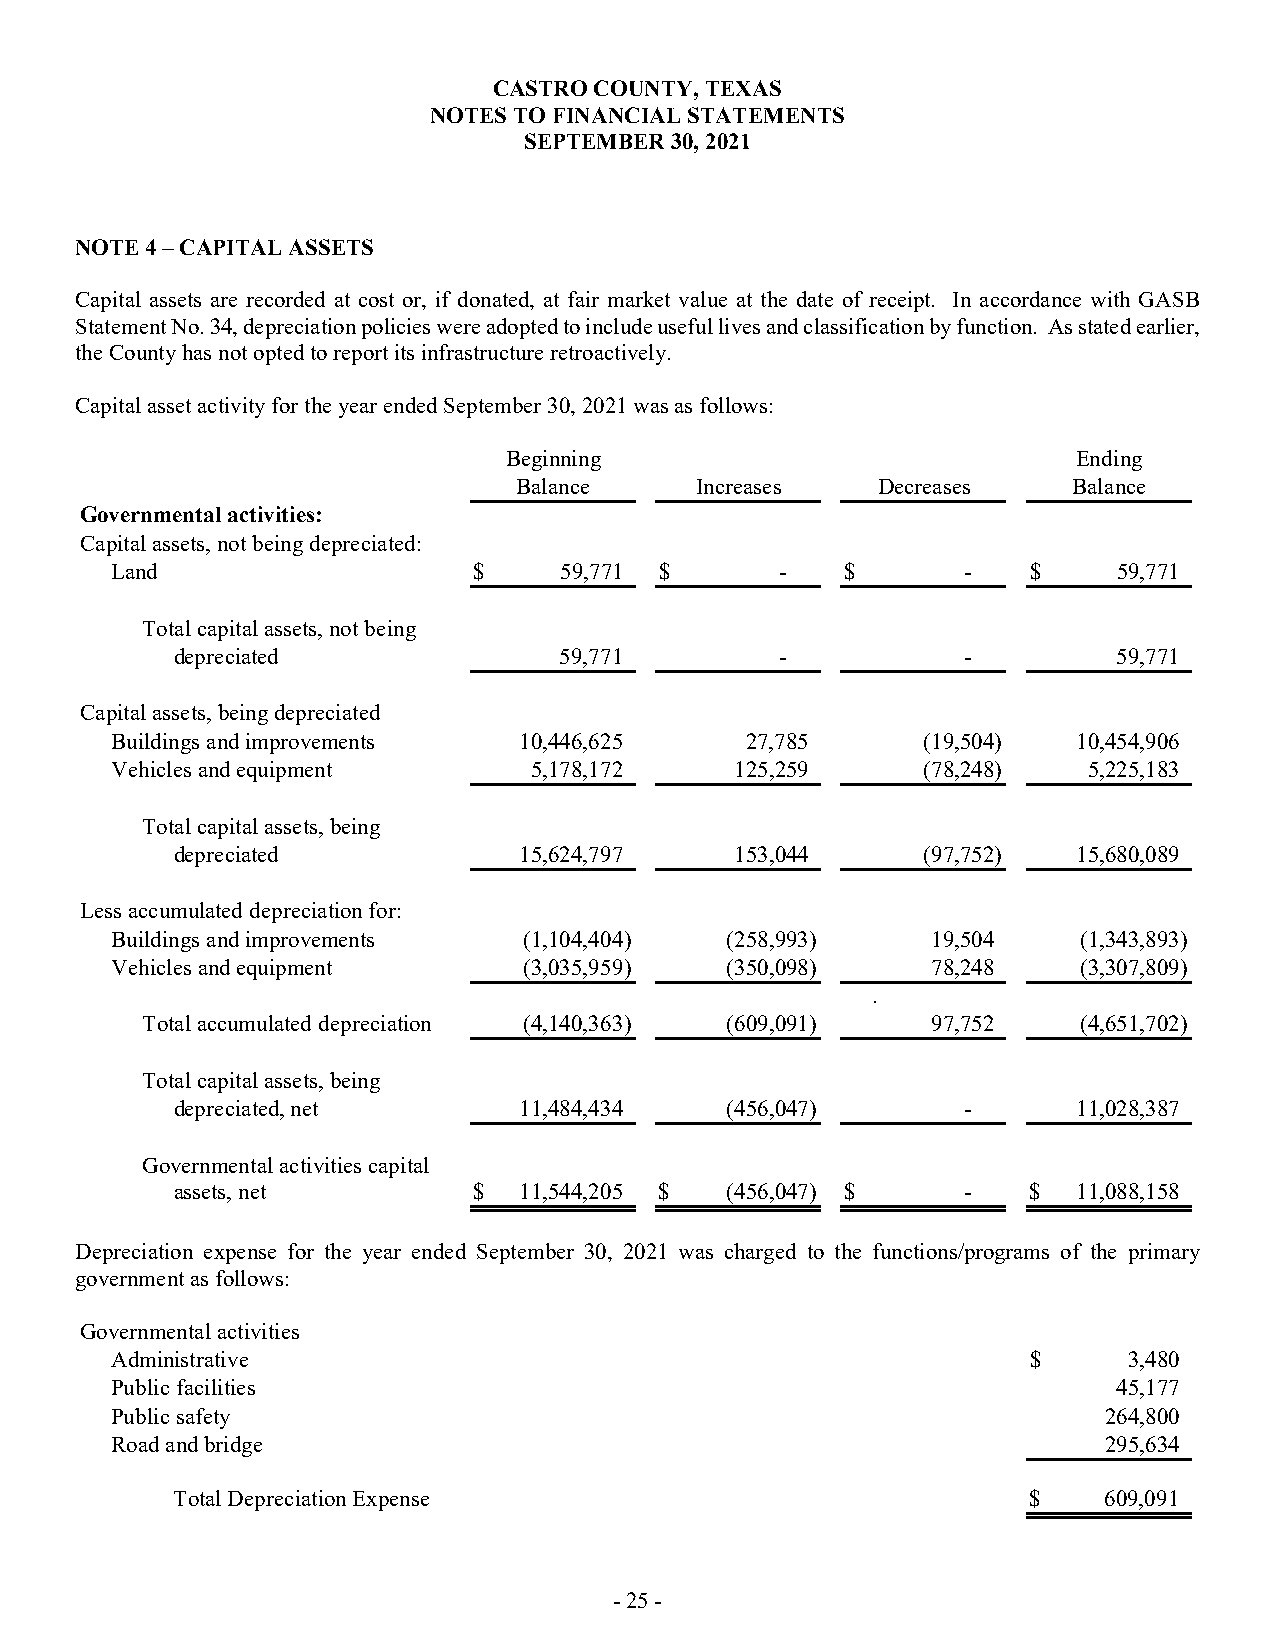
CASTRO COUNTY, TEXAS
 NOTES TO FINANCIAL STATEMENTS
 SEPTEMBER 30, 2021
 NOTE 4 – CAPITAL ASSETS
 Capital assets are recorded at cost or, if donated, at fair market value at the date of receipt. In accordance with GASB
 Statement No. 34, depreciation policies were adopted to include useful lives and classification by function. As stated earlier,
 the County has not opted to report its infrastructure retroactively.
 Capital asset activity for the year ended September 30, 2021 was as follows:
 Beginning                             Ending
 Balance     Increases   Decreases    Balance
 Governmental activities:
 Capital assets, not being depreciated:
 Land                    $     59,771 $       -   $       -   $     59,771
 Total capital assets, not being
 depreciated               59,771         -           -         59,771
 Capital assets, being depreciated
 Buildings and improvements 10,446,625     27,785      (19,504)  10,454,906
 Vehicles and equipment      5,178,172     125,259     (78,248)   5,225,183
 Total capital assets, being
 depreciated            15,624,797     153,044     (97,752)  15,680,089
 Less accumulated depreciation for:
 Buildings and improvements  (1,104,404)  (258,993)     19,504    (1,343,893)
 Vehicles and equipment      (3,035,959)  (350,098)     78,248    (3,307,809)
 .
 Total accumulated depreciation (4,140,363) (609,091) 97,752    (4,651,702)
 Total capital assets, being
 depreciated, net       11,484,434    (456,047)       -      11,028,387
 Governmental activities capital
 assets, net         $  11,544,205 $  (456,047) $     -   $  11,088,158
 Depreciation expense for the year ended September 30, 2021 was charged to the functions/programs of the primary
 government as follows:
 Governmental activities
 Administrative                                               $      3,480
 Public facilities                                                  45,177
 Public safety                                                     264,800
 Road and bridge                                                   295,634
 Total Depreciation Expense                               $    609,091
 - 25 -